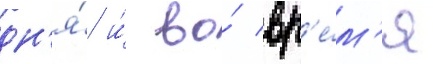
дн'я́ и́ во́ вр'е́м'я